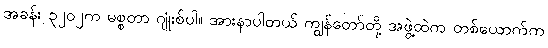
အခန်း ၃၂၀၂က မစ္စတာ ဂျုံးစ်ပါ။ အားနာပါတယ် ကျွန်တော်တို့ အဖွဲ့ထဲက တစ်ယောက်က